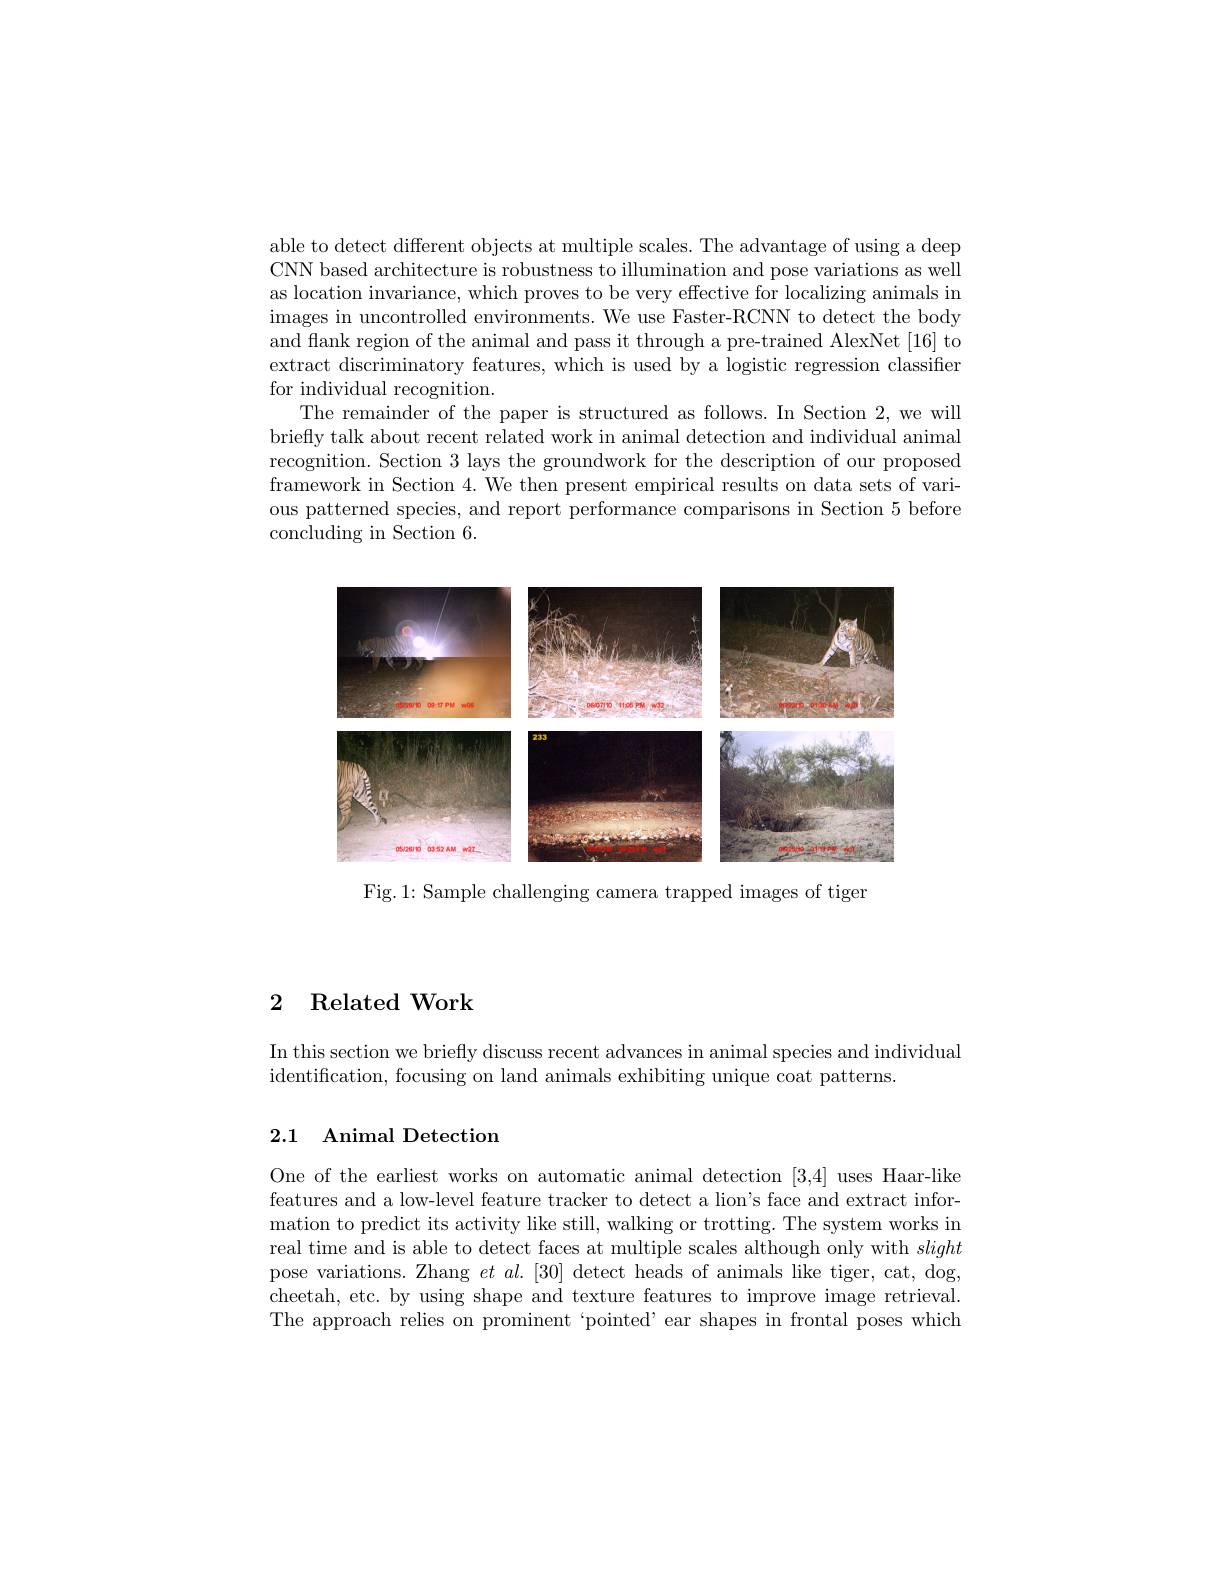
able to detect different objects at multiple scales. The advantage of using a deep CNN based architecture is robustness to illumination and pose variations as well as location invariance, which proves to be very effective for localizing animals in images in uncontrolled environments. We use Faster-RCNN to detect the body and flank region of the animal and pass it through a pre-trained AlexNet [16] to extract discriminatory features, which is used by a logistic regression classifier for individual recognition.
The remainder of the paper is structured as follows. In Section 2, we will briefly talk about recent related work in animal detection and individual animal recognition. Section 3 lays the groundwork for the description of our proposed framework in Section 4. We then present empirical results on data sets of various patterned species, and report performance comparisons in Section 5 before concluding in Section 6.

<FigureHere>

Fig.1: Sample challenging camera trapped images of tiger

## 2 Related Work

In this section we briefly discuss recent advances in animal species and individual
identification, focusing on land animals exhibiting unique coat patterns.

## 2.1 Animal Detection

One of the earliest works on automatic animal detection [3,4] uses Haar-like features and a low-level feature tracker to detect a lion's face and extract information to predict its activity like still, walking or trotting. The system works in real time and is able to detect faces at multiple scales although only with slight pose variations. Zhang $et\textit{al. [ 30] detect heads of animals like tiger, cat, dog, }$ cheetah, etc. by using shape and texture features to improve image retrieval. The approach relies on prominent `pointed'ear shapes in frontal poses which